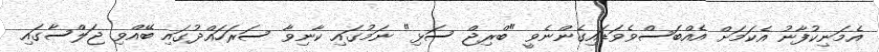
އެމަނިކުފާނު އެކަމަށް އެއްބަސްވެވަޑައިގެންނެވީ "ބްރިޖް ސަޅި" ނަމުގައި ކާނިވާ ސަރަހައްދުގައި ބޭއްވި ޖަލްސާގައި